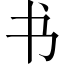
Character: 书